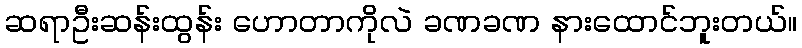
ဆရာဦးဆန်းထွန်း ဟောတာကိုလဲ ခဏခဏ နားထောင်ဘူးတယ်။